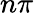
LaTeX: n\pi